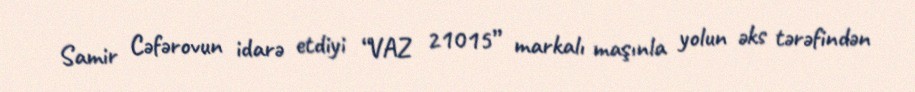
Samir Cəfərovun idarə etdiyi “VAZ 21015” markalı maşınla yolun əks tərəfindən